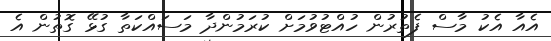
އެއާ އެކު މާސް ފެތުރުން ހުއްޓުވުމަށް ކުރަމުންދާ މަސައްކަތާ ގުޅޭ ގޮތުން އެ